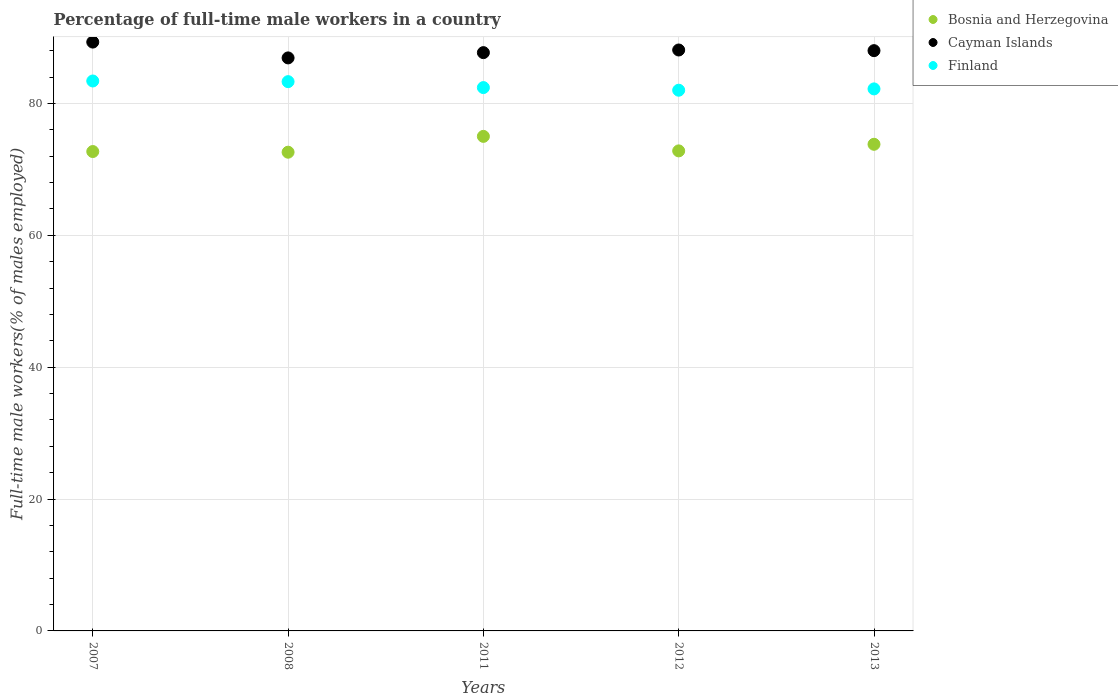
| Years | Bosnia and Herzegovina | Cayman Islands | Finland |
 | --- | --- | --- | --- |
 | 2007 | 72.7 | 89.3 | 83.4 |
 | 2008 | 72.6 | 86.9 | 83.3 |
 | 2011 | 75 | 87.7 | 82.4 |
 | 2012 | 72.8 | 88.1 | 82 |
 | 2013 | 73.8 | 88 | 82.2 |